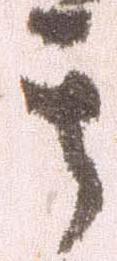
其